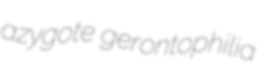
azygote gerontophilia